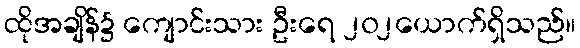
ထိုအချိန်၌ ကျောင်းသား ဦးရေ ၂၀၂ယောက်ရှိသည်။